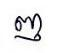
ញ